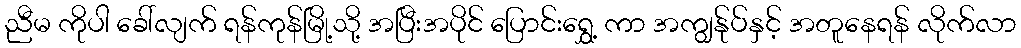
ညီမ ကိုပါ ခေါ်လျက် ရန်ကုန်မြို့သို့ အပြီးအပိုင် ပြောင်းရွှေ့ ကာ အကျွန်ုပ်နှင့် အတူနေရန် လိုက်လာ